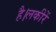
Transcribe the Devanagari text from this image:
है।लकीरें